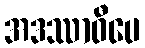
အဒဿာဝီပေ